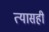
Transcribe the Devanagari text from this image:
त्यासही